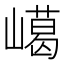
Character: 嶱